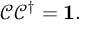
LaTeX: { \mathcal { C } } { \mathcal { C } } ^ { \dagger } = \mathbf { 1 } .